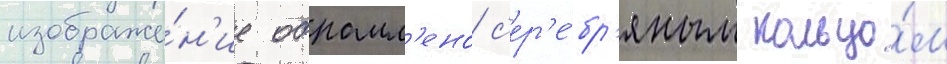
изображе́н'ие обрамл'ено с'ер'е́бр'яным кольцо́м